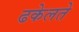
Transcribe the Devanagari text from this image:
ढकेलते